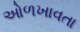
ઓળખાવતા